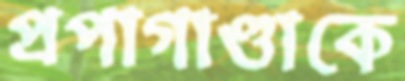
প্রপাগাণ্ডাকে